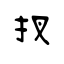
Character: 扠